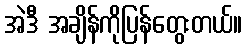
အဲဒီ အချိန်ကိုပြန်တွေးတယ်။